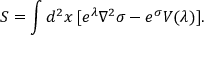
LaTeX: S = \int d ^ { 2 } x \, [ e ^ { \lambda } \nabla ^ { 2 } \sigma - e ^ { \sigma } V ( \lambda ) ] .